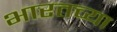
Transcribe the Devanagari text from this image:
भारतच्या